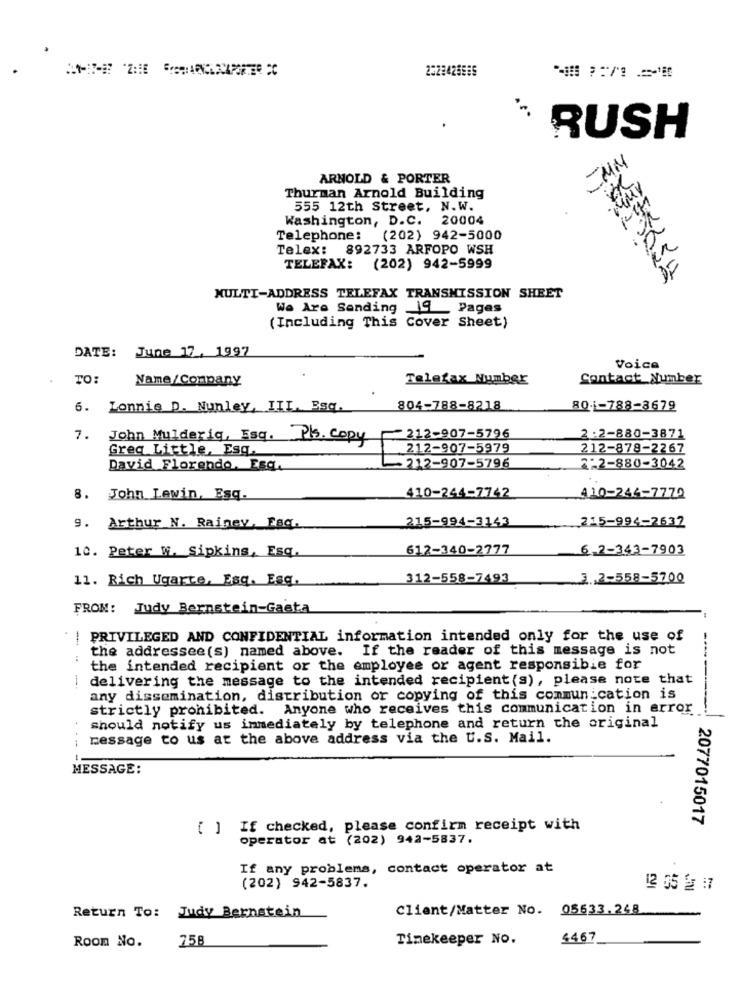
2223425885
RUSH
-MM
ARNOLD & PORTER
Thurman Arnold Building
555 12th Street, N.W.
Washington, D.C. 20004
Telephone:
(202) 942-5000
Telex: 892733 ARFOPO WSH
TELEFAX: (202) 942-5999
MULTI-ADDRESS TELEFAX TRANSMISSION SHEET
We Are Sending 19 _ Pages
(Including This Cover Sheet)
June 17, 1997
DATE:
Voice
TO:
Name/Company
Telefax Number
Contact Number
6. Lonnie D. Nunley, III, Esq.
804-788-8218
80. - 788-3679
212-907-5796
7. John Mulderiq, Esq. Pl. Copy
2:2-880-3871
Greg Little, Esq.
212-907-5979
212-878-2267
-212-907-5796
David Florendo, Esq.
2-2-880-3042
410-244-7742
8. John Lewin, Esq.
410-244-7772
9. Arthur N. Rainey, Esq.
215-994-3143
215-994-2632
10. Peter W. Sipkins, Esq.
612-340-2777
6-2-343-7903
11. Rich Ugarte, Esq. Esq.
312-558-7493
3. 2-558-5700
FROM: Judy Bernstein-Gaeta
PRIVILEGED AND CONFIDENTIAL information intended only for the use of
-.
the addressee(s) named above. If the reader of this message is not
:
the intended recipient or the employee or agent responsible for
i delivering the message to the intended recipient (s), please note that
any dissemination, distribution or copying of this communication is
strictly prohibited. Anyone who receives this communication in error
------
should notify us immediately by telephone and return the original
message to us at the above address via the U.S. Mail.
MESSAGE:
2077015017
[ ] If checked, please confirm receipt with
operator at (202) 942-5837.
If any problems, contact operator at
(202) 942-5837.
12 65 22 17
Client/Matter No. 05633.248
Return To: Judy Bernstein
758
Timekeeper No.
4467
Room No.